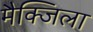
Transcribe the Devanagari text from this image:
मैक्जिला